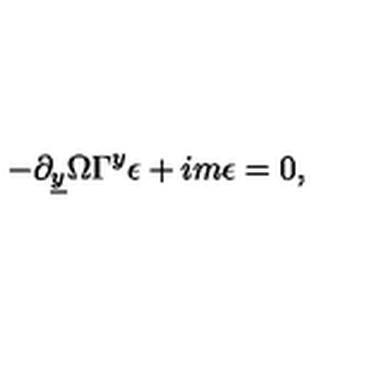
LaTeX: - \partial _ { \underline { { y } } } \Omega \Gamma ^ { y } \epsilon + i m \epsilon = 0 ,